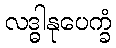
လဒ္ဓါနုပေက္ခံ